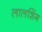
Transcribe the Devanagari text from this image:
लालशिंग